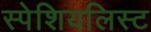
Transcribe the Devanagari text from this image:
स्पेशियलिस्ट